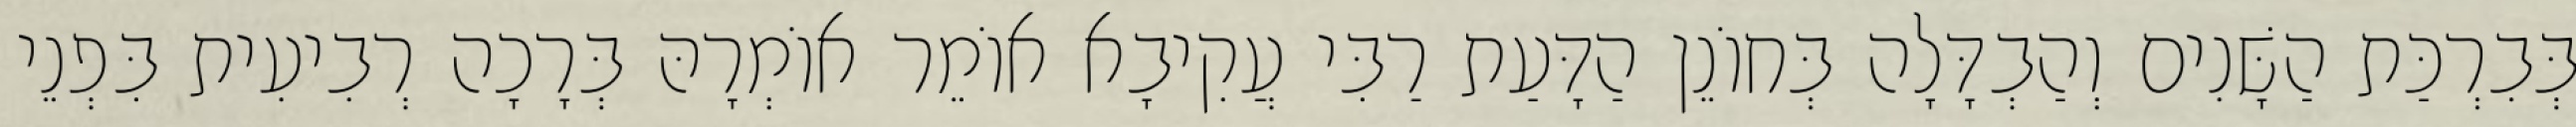
בְּבִרְכַּת הַשָּׁנִים וְהַבְדָּלָה בְּחוֹנֵן הַדָּעַת רַבִּי עֲקִיבָא אוֹמֵר אוֹמְרָהּ בְּרָכָה רְבִיעִית בִּפְנֵי